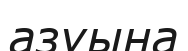
азуына